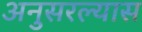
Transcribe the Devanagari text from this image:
अनुसरल्यास